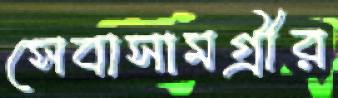
সেবাসামগ্রীর